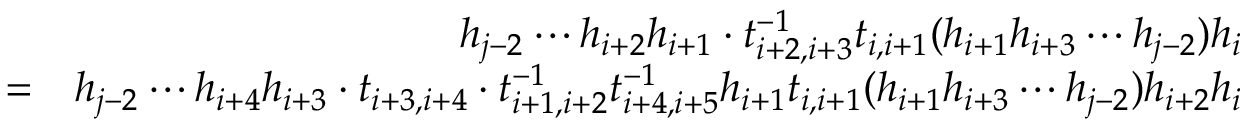
\begin{array} { r l r } & { } & { h _ { j - 2 } \cdots h _ { i + 2 } h _ { i + 1 } \cdot t _ { i + 2 , i + 3 } ^ { - 1 } t _ { i , i + 1 } ( h _ { i + 1 } h _ { i + 3 } \cdots h _ { j - 2 } ) h _ { i } } \\ & { = } & { h _ { j - 2 } \cdots h _ { i + 4 } h _ { i + 3 } \cdot t _ { i + 3 , i + 4 } \cdot t _ { i + 1 , i + 2 } ^ { - 1 } t _ { i + 4 , i + 5 } ^ { - 1 } h _ { i + 1 } t _ { i , i + 1 } ( h _ { i + 1 } h _ { i + 3 } \cdots h _ { j - 2 } ) h _ { i + 2 } h _ { i } } \end{array}